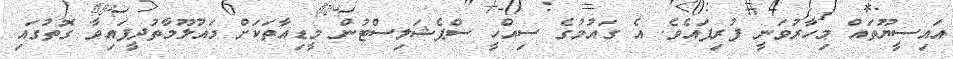
އައިސީޔޫތައް މިހާރުވަނީ ފުރިފައެވެ. އެ ގައުމުގެ ސިއްހީ ސްޕެޝަލިސްޓުން މީޑިއާތަކަށް މައުލޫމާތުދީފައިވާ ގޮތުގައި